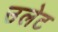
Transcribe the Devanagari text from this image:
उलेट